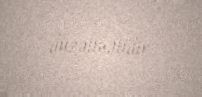
düzəlməlidir.